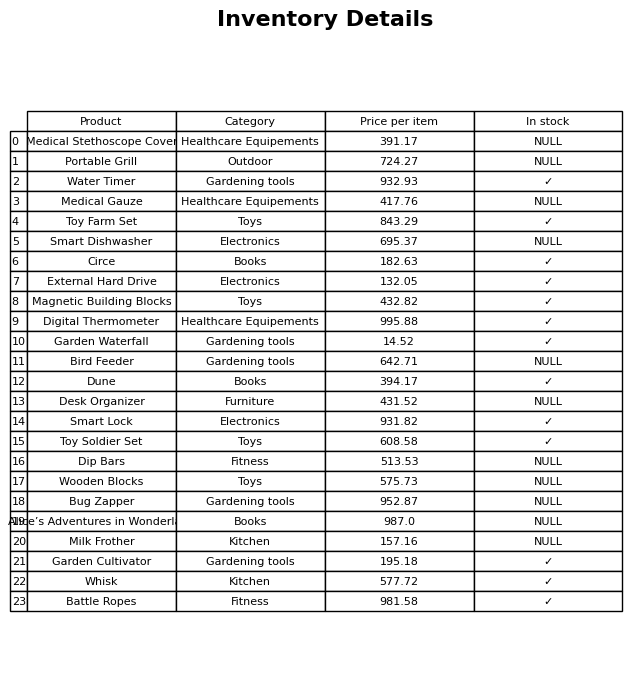
question: What is the price for Milk Frother?
answer: The price of Milk Frother is 157.16.